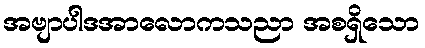
အဗျာပါဒအာလောကသညာ အစရှိသော